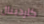
كاردينال